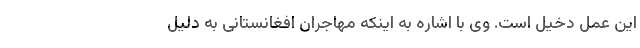
این عمل دخیل است. وی با اشاره به اینکه مهاجران افغانستانی به دلیل